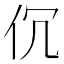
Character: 伔